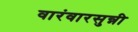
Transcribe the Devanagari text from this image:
वारंवारसुन्नी